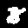
Label: 8